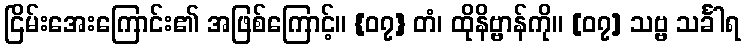
ငြိမ်းအေးကြောင်း၏ အဖြစ်ကြောင့်။ {၀၇} တံ၊ ထိုနိဗ္ဗာန်ကို။ [၀၇] သဗ္ဗ သင်္ခါရ